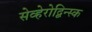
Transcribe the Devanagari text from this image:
सेव्हेरोद्विन्स्क